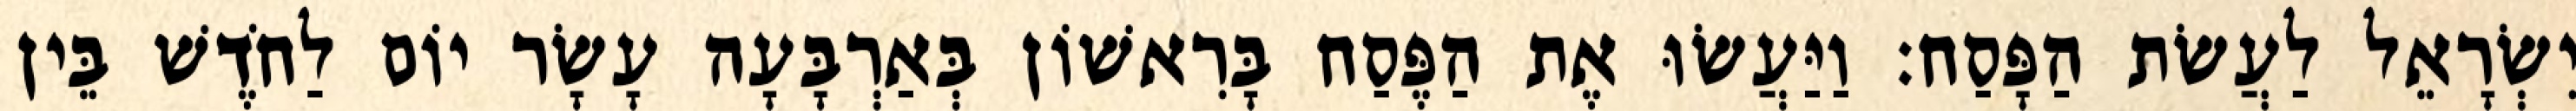
יִשְׂרָאֵל לַעֲשׂת הַפָּסַח׃ וַיַּעֲשׂוּ אֶת הַפֶּסַח בָּרִאשׁוֹן בְּאַרְבָּעָה עָשָׂר יוֹם לַחֹדֶשׁ בֵּין